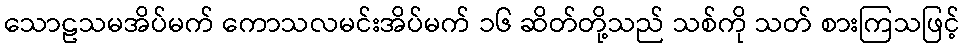
သောဠသမအိပ်မက် ကောသလမင်းအိပ်မက် ၁၆ ဆိတ်တို့သည် သစ်ကို သတ် စားကြသဖြင့်